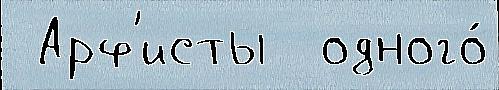
 Арф'исты  одного́